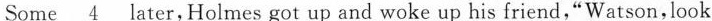
Some\underline{4} later,Holmes got up and woke up his friend,"Watson,look